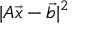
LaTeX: | A { \overrightarrow { x } } - { \overrightarrow { b } } | ^ { 2 }